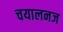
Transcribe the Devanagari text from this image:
चयालनज